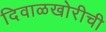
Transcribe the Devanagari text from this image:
दिवाळखोरीची